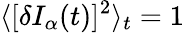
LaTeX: \langle[\delta I_{\alpha}(t)]^{2}\rangle_{t}=1